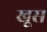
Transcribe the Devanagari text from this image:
खूस